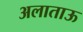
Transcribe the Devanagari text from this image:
अलाताऊ